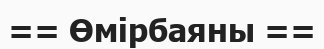
== Өмірбаяны ==